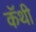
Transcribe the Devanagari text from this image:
कॅथी